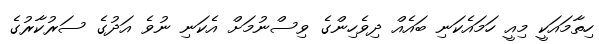
ހިތާމައަކީ މިއީ ހަމައެކަނި ބައެއް ދިވެހިންގެ ވިސްނުމަށް އެކަނި ނުވެ އަދުގެ ސަރުކާރުގެ